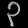
Digit: ၃